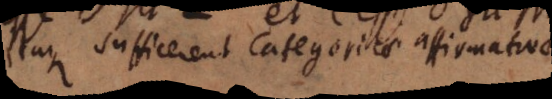
Itaque sufficerent Categoricae affirmativae.